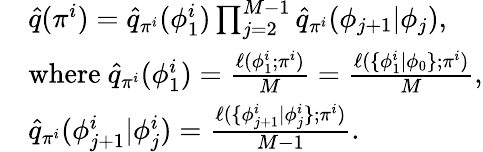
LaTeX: \begin{array}{rl}&{\hat{q}(\pi^{i})=\hat{q}_{\pi^{i}}(\phi_{1}^{i})\prod_{j=2}^{M-1}\hat{q}_{\pi^{i}}(\phi_{j+1}|\phi_{j}),}\\ &{\mathrm{where~}\hat{q}_{\pi^{i}}(\phi_{1}^{i})=\frac{\ell(\phi_{1}^{i};\pi^{i})}{M}=\frac{\ell(\{ \phi_{1}^{i}|\phi_{0}\} ;\pi^{i})}{M},}\\ &{\hat{q}_{\pi^{i}}(\phi_{j+1}^{i}|\phi_{j}^{i})=\frac{\ell(\{ \phi_{j+1}^{i}|\phi_{j}^{i}\} ;\pi^{i})}{M-1}.}\end{array}